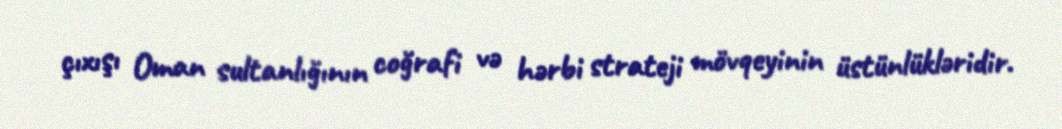
çıxışı Oman sultanlığının coğrafi və hərbi strateji mövqeyinin üstünlükləridir.